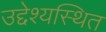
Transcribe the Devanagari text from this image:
उद्देश्यस्थित